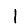
Digit: 1